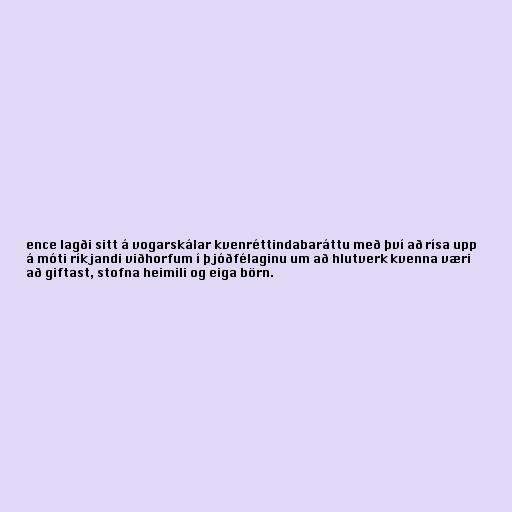
ence lagði sitt á vogarskálar kvenréttindabaráttu með því að rísa upp
á móti ríkjandi viðhorfum í þjóðfélaginu um að hlutverk kvenna væri
að giftast, stofna heimili og eiga börn.